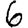
Digit: 6